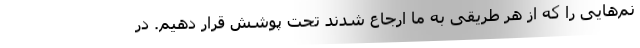
نم‌هایی را که از هر طریقی به ما ارجاع شدند تحت پوشش قرار دهیم. در